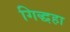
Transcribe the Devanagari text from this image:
गिद्धहा